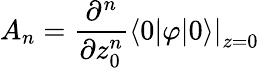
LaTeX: A_{n}={\frac{\partial^{n}}{\partial z_{0}^{n}}}\langle 0|\varphi|0\rangle\left.\right|_{z=0}